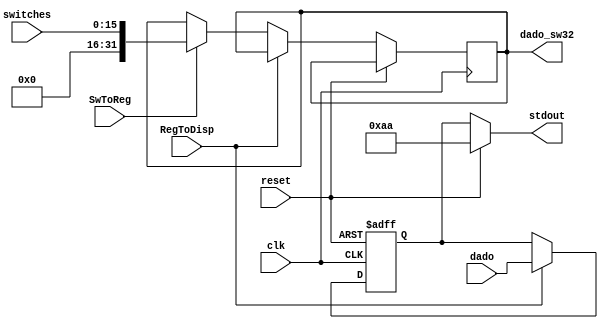
module gerenciador_entr_saida(reset, clk, dado, stdout, RegToDisp, SwToReg, switches, dado_sw32);
input clk, reset;
input [31:0] dado;
input RegToDisp, SwToReg;//Sinais de Controle
input [15:0] switches; // 16 Switches do Kit DE2-115
output [31:0] stdout, dado_sw32;
reg [31:0] proxSaida;
reg [31:0] proxEntrada;

assign stdout = (reset == 1) ? 170 : proxSaida;
assign dado_sw32 = proxEntrada;

always @(posedge clk or posedge reset) begin
	if(reset == 1) 
		proxSaida <= 0;
	else if(RegToDisp == 1)
		proxSaida <= dado;
	else if(SwToReg == 1)
		proxEntrada <= ({{16{1'b0}},switches});
	//else
		//proxSaida <= 100;
		
	
end

endmodule